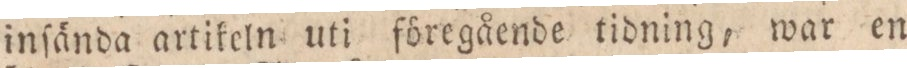
inſända artikeln uti föregående tidning, war en